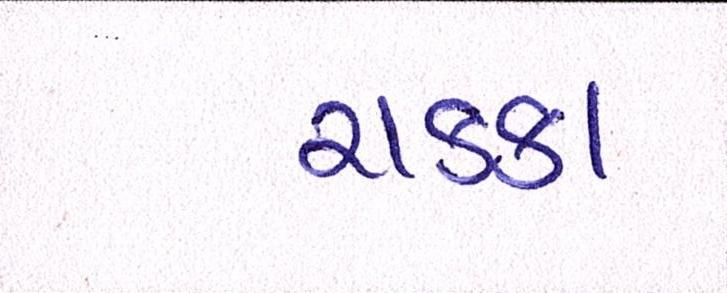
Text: ચક્કા